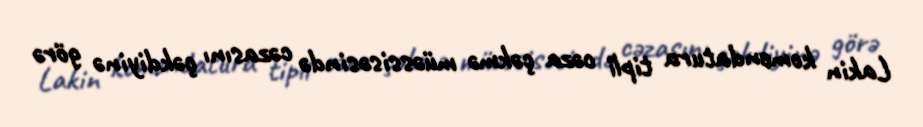
Lakin komendatura tipli cəza çəkmə müəssisəsində cəzasını çəkdiyinə görə